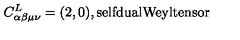
C _ { \alpha \beta \mu \nu } ^ { L } = ( 2 , 0 ) , \mathrm { s e l f d u a l W e y l t e n s o r }